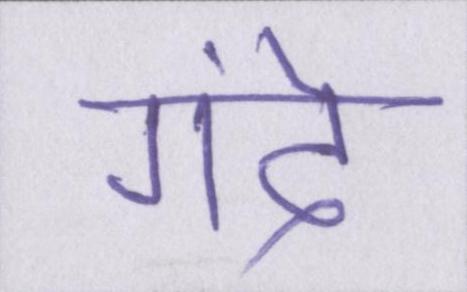
गंदे